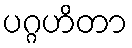
ပဂ္ဂဟိတာ